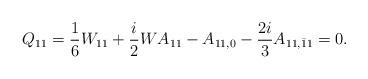
LaTeX: \begin{align*}Q_{11}=\frac{1}{6}W_{11}+\frac{i}{2}WA_{11}-A_{11,0}-\frac{2i}{3}A_{11,\bar{1}1}=0.\end{align*}